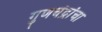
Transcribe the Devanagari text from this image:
गुणचंद्रांचा